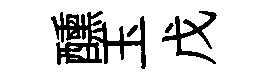
醺玉戊